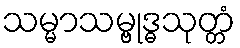
သမ္မာသမ္ဗုဒ္ဓသုတ္တံ